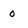
Character: 0